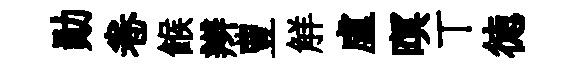
勛卷餱辫豊觧盧暝丅徳